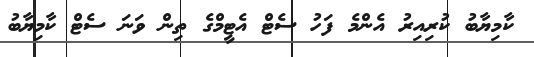
ކާމިޔާބު ކުރިއިރު އެންމެ ފަހު ސެޓް އެޓީމްގެ ތިން ވަނަ ސެޓް ކާމިޔާބު